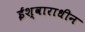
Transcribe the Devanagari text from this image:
ईश्वाराधीन